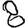
Digit: 8